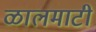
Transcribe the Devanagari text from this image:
ळालमाटी